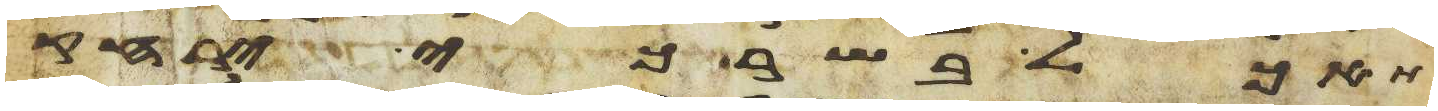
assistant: תאכל בשר כי ירחק